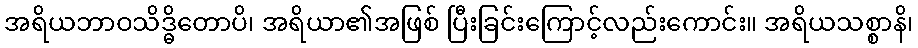
အရိယဘာဝသိဒ္ဓိတောပိ၊ အရိယာ၏အဖြစ် ပြီးခြင်းကြောင့်လည်းကောင်း။ အရိယသစ္စာနိ၊